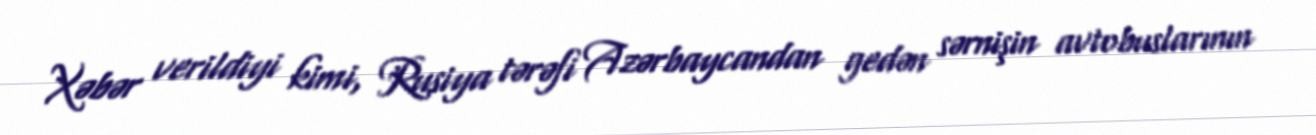
Xəbər verildiyi kimi, Rusiya tərəfi Azərbaycandan gedən sərnişin avtobuslarının